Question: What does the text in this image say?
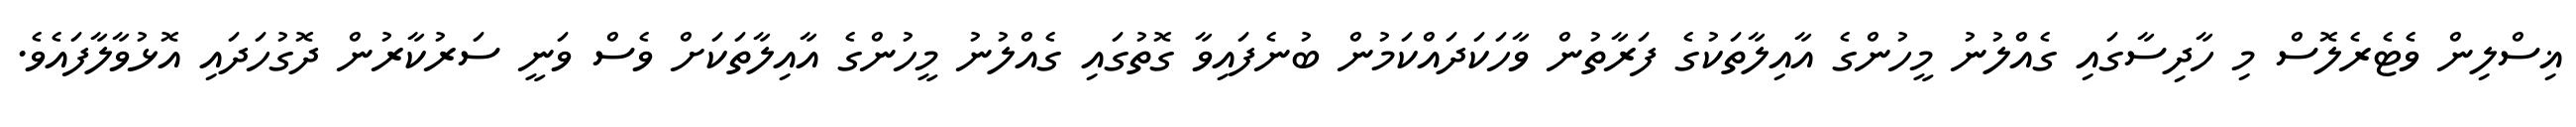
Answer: ޣިސްލިން ވެޓެރެލޮސް މި ހާދިސާގައި ގެއްލުނު މީހުންގެ އާއިލާތަކުގެ ފަރާތުން ވާހަކަދައްކަމުން ބުނެފައިވާ ގޮތުގައި ގެއްލުނު މީހުންގެ އާއިލާތަކަށް ވެސް ވަނީ ސަރުކާރުން ދޮގުހަދައި އޮޅުވާލާފައެވެ.